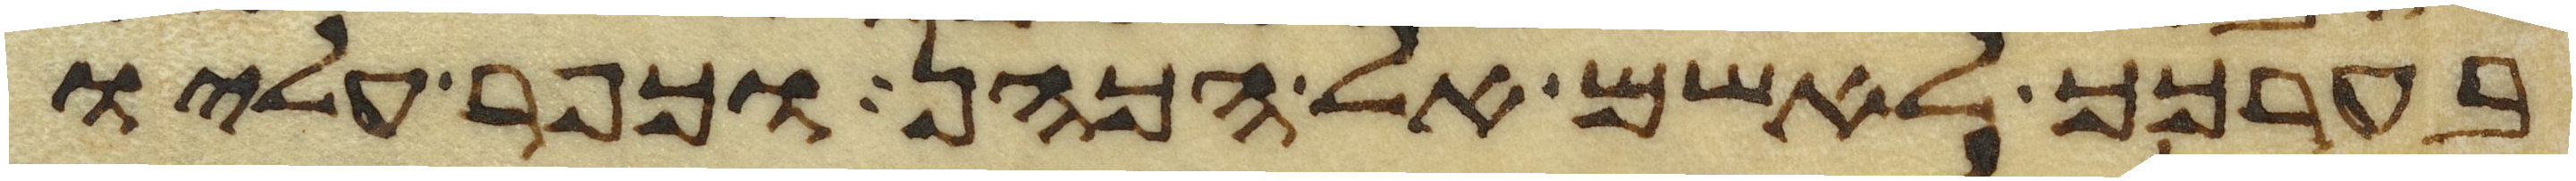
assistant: בערכך לאשם אל הכהן וכפר עליו